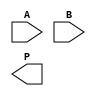
module higher_radix_wallace_multiplier (
    input [N-1:0] A,  // Multiplicand
    input [M-1:0] B,  // Multiplier
    output [P-1:0] P  // Product
);
    parameter N = 16; // Bit-width of A
    parameter M = 16; // Bit-width of B
    parameter P = N + M; // Bit-width of Product

    // Partial product generation for Radix-8
    wire [N*3-1:0] pp_radix8 [M/3-1:0]; // Partial products for Radix-8
    generate
        genvar i, j;
        for (i = 0; i < M/3; i = i + 1) begin : pp_gen_radix8
            for (j = 0; j < 3; j = j + 1) begin : pp_bit_gen
                assign pp_radix8[i][j*N +: N] = A * B[i*3 + j];
            end
        end
    endgenerate

    // Partial product reduction using Carry-Save Adders (CSAs)
    wire [N*3-1:0] sum [M/3-1:0];
    wire [N*3-1:0] carry [M/3-1:0];

    generate
        for (i = 0; i < M/3 - 1; i = i + 1) begin : CSA
            // Using a simple CSA for addition
            // Here we just do a pairwise addition
            assign {carry[i+1], sum[i]} = pp_radix8[i] + pp_radix8[i+1];
        end
    endgenerate

    // Final addition stage
    wire [P-1:0] final_sum;
    wire [P-1:0] final_carry;

    // Using a simple adder for final stage
    assign {final_carry, final_sum} = sum[M/3-2] + carry[M/3-2];

    // Final product output
    assign P = final_sum + final_carry;

endmodule